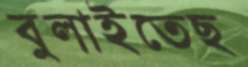
বুলাইতেছ